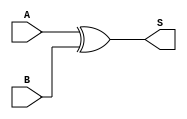
`timescale 1ns / 1ps
//////////////////////////////////////////////////////////////////////////////////
// Design Name: reed_solomon_top
// Module Name: gf2_8_add
// Description: GF(2^8),8bit
//              
//              8-1=7
//////////////////////////////////////////////////////////////////////////////////
module gf2_8_add(
        input wire [7:0]    A   ,  //
        input wire [7:0]    B   ,  //
        
        output wire[7:0]    S      //
    );
    
    //GF(2^w),
    assign S = A ^ B;
    
endmodule